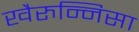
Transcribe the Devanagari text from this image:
खैरुन्निसा